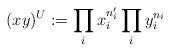
LaTeX: \begin{align*}(xy)^U:= \prod_ix_i^{n'_i}\prod_i y_i^{n_i} \end{align*}